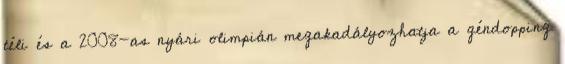
téli és a 2008-as nyári olimpián megakadályozhatja a géndopping